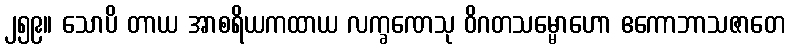
၂၅၉။ သောပိ တာယ အာစရိယကထာယ လက္ခဏေသု ဝိဂတသမ္မောဟော ဧကောဘာသဇာတေ